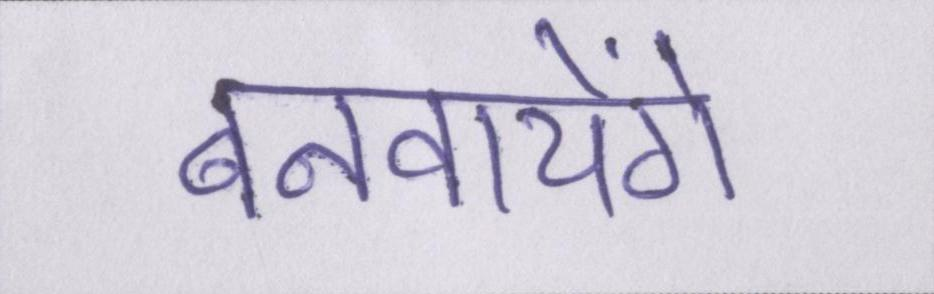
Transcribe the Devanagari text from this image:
बनवायेंगे